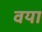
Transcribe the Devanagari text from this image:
वया